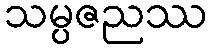
သမ္ပဇညဿ